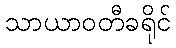
သာယာဝတီခရိုင်